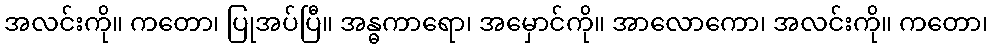
အလင်းကို။ ကတော၊ ပြုအပ်ပြီ။ အန္ဓကာရော၊ အမှောင်ကို။ အာလောကော၊ အလင်းကို။ ကတော၊